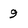
Character: 9